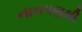
નાનપણથી